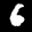
Label: 6